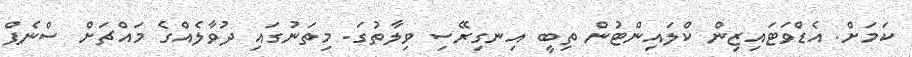
ކަމަށް. އެޑްވަޓައިޒިން ކްލައިންޓުން ތިބީ އިނގިރޭސި ވިލާތުގަ. މިތަނުގައި ދުވާލެއްގެ މައްޗަށް ސްނެޕް